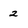
Character: 2